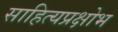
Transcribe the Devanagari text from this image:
साहित्यप्रक्षोभ